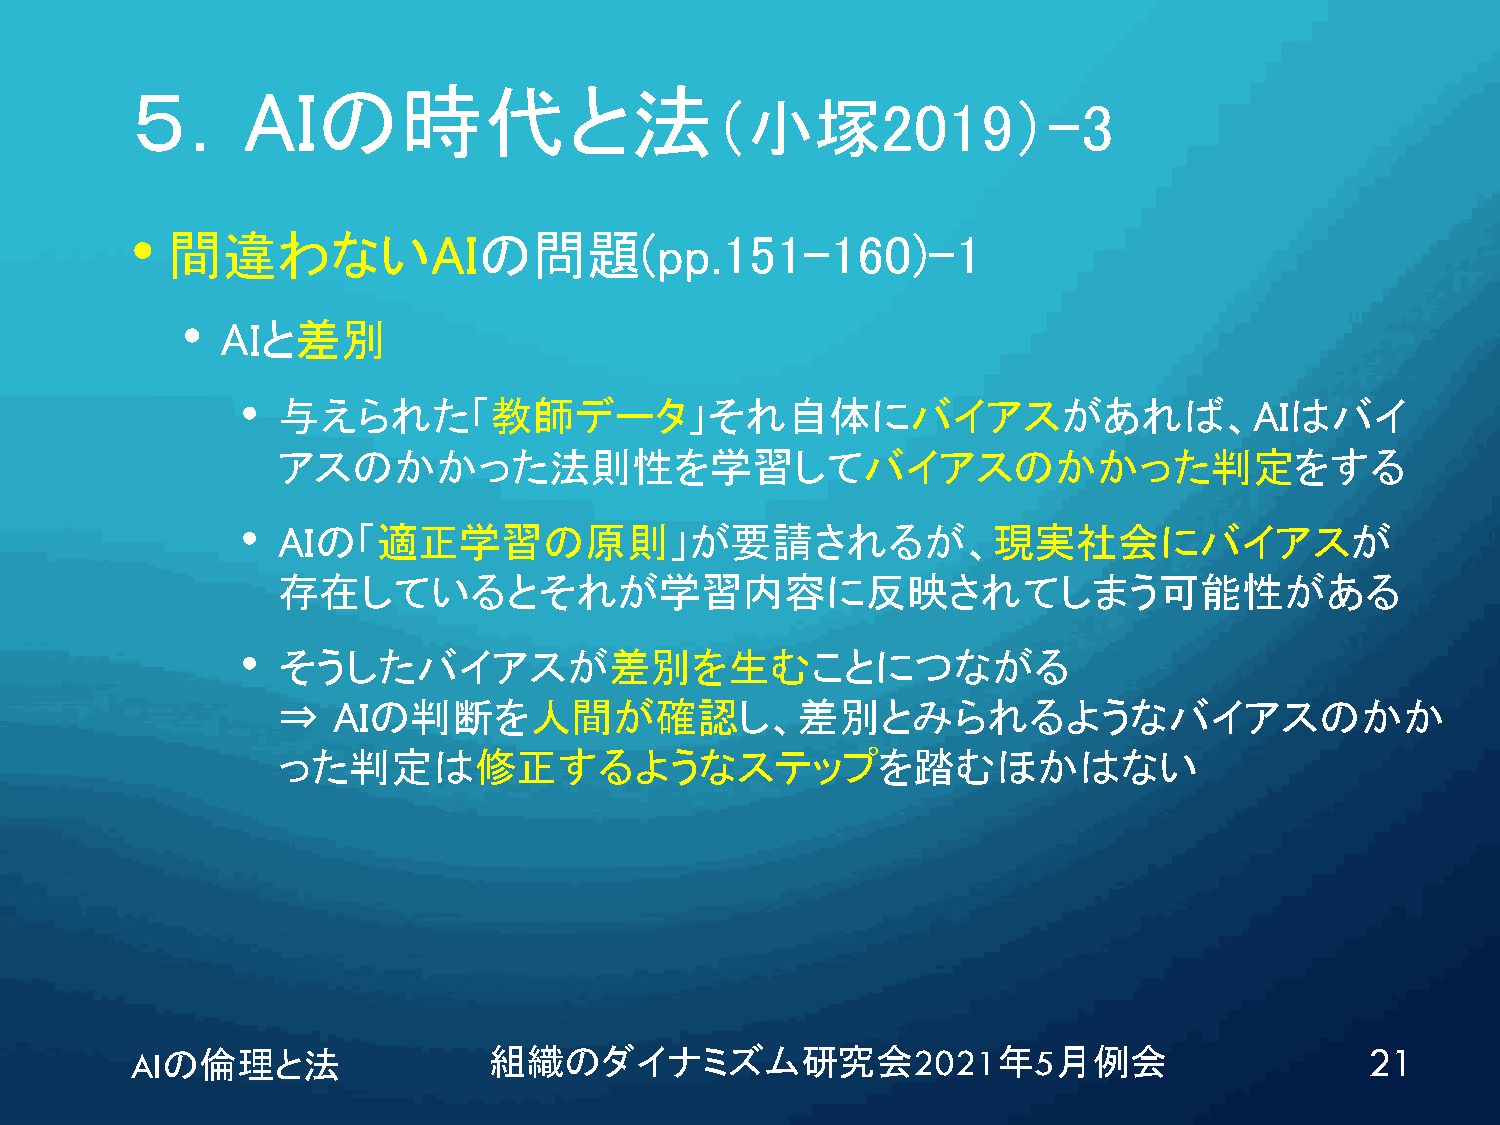
５．AIの時代と法
 （小塚2019）-3
 •
 間違わないAIの問題(pp.151-160)-1
 •  AIと差別
 • 与えられた「教師データ」それ自体にバイアスがあれば、AIはバイ
 アスのかかった法則性を学習してバイアスのかかった判定をする
 • AIの「適正学習の原則」が要請されるが、現実社会にバイアスが
 存在しているとそれが学習内容に反映されてしまう可能性がある
 • そうしたバイアスが差別を生むことにつながる
 ⇒   AIの判断を人間が確認し、差別とみられるようなバイアスのかか
 った判定は修正するようなステップを踏むほかはない
 AIの倫理と法                組織のダイナミズム研究会2021年5月例会                                      21